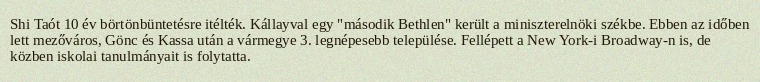
Shi Taót 10 év börtönbüntetésre itélték. Kállayval egy "második Bethlen" került a miniszterelnöki székbe. Ebben az időben lett mezőváros, Gönc és Kassa után a vármegye 3. legnépesebb települése. Fellépett a New York-i Broadway-n is, de közben iskolai tanulmányait is folytatta.